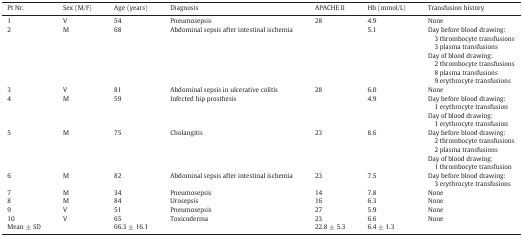
<table><thead><tr><td><b>Pt Nr.</b></td><td><b>Sex (M/F)</b></td><td><b>Age (years)</b></td><td><b>Diagnosis</b></td><td><b>APACHE II</b></td><td><b>Hb (mmol/L)</b></td><td><b>Transfusion history</b></td></tr></thead><tbody><tr><td>1</td><td>V</td><td>54</td><td>Pneumosepsis</td><td>28</td><td>4.9</td><td>None</td></tr><tr><td>2</td><td>M</td><td>68</td><td>Abdominal sepsis after intestinal ischemia</td><td></td><td>5.1</td><td>Day before blood drawing: 3 thrombocyte transfusions 3 plasma transfusionsDay of blood drawing: 2 thrombocyte transfusions 8 plasma transfusions 9 erythrocyte transfusions</td></tr><tr><td>3</td><td>V</td><td>81</td><td>Abdominal sepsis in ulcerative colitis</td><td>28</td><td>6.0</td><td>None</td></tr><tr><td>4</td><td>M</td><td>59</td><td>Infected hip prosthesis</td><td></td><td>4.9</td><td>Day before blood drawing: 1 erythrocyte transfusionDay of blood drawing: 1 erythrocyte transfusion</td></tr><tr><td>5</td><td>M</td><td>75</td><td>Cholangitis</td><td>23</td><td>8.6</td><td>Day before blood drawing: 2 thrombocyte transfusions 2 plasma transfusionsDay of blood drawing: 1 thrombocyte transfusion</td></tr><tr><td>6</td><td>M</td><td>82</td><td>Abdominal sepsis after intestinal ischemia</td><td>23</td><td>7.5</td><td>Day before blood drawing: 3 erythrocyte transfusions</td></tr><tr><td>7</td><td>M</td><td>34</td><td>Pneumosepsis</td><td>14</td><td>7.8</td><td>None</td></tr><tr><td>8</td><td>M</td><td>84</td><td>Urosepsis</td><td>16</td><td>6.3</td><td>None</td></tr><tr><td>9</td><td>V</td><td>51</td><td>Pneumosepsis</td><td>27</td><td>5.9</td><td>None</td></tr><tr><td>10</td><td>V</td><td>65</td><td>Toxicoderma</td><td>23</td><td>6.6</td><td>None</td></tr><tr><td>Mean ± SD</td><td></td><td>66.3 ± 16.1</td><td></td><td>22.8 ± 5.3</td><td>6.4 ± 1.3</td><td></td></tr></tbody></table>